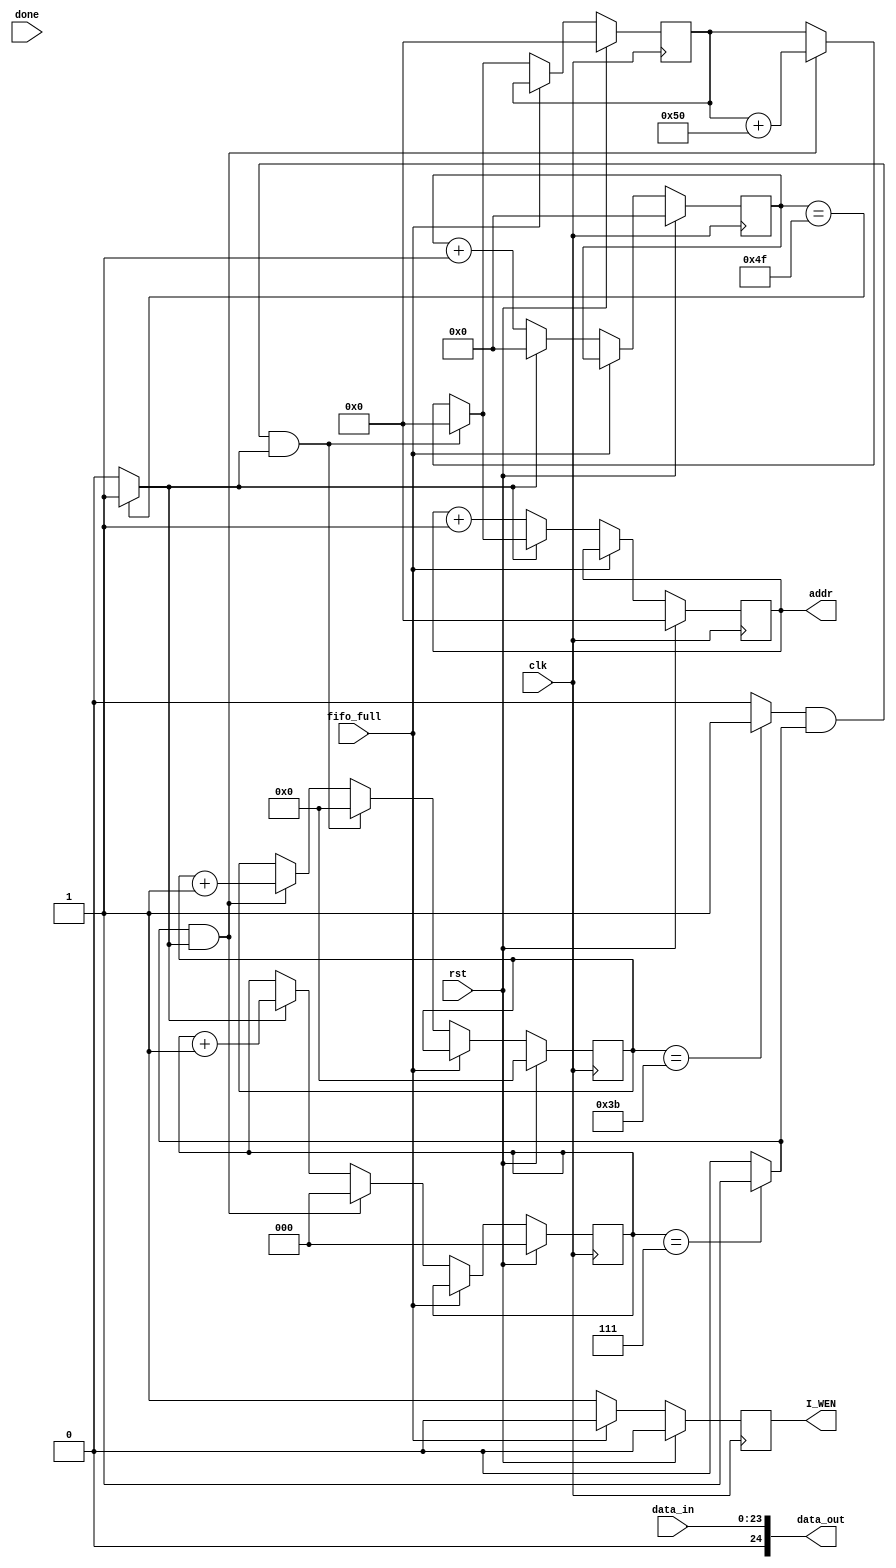
`timescale 1ns / 1ps
//////////////////////////////////////////////////////////////////////////////////
// Company: 
// Engineer: 
// 
// Create Date:    
// Design Name: 
// Module Name:    driver 
// Project Name: 
// Target Devices: 
// Tool versions: 
// Description: 
//
// Dependencies: 
//
// Revision: 
// Revision 0.01 - File Created
// Additional Comments: 
//
//////////////////////////////////////////////////////////////////////////////////
module display(
    input clk,
    input rst,
	input fifo_full,
    input [23:0] data_in,
	 input done,
    output reg [12:0] addr,
    output reg I_WEN,
    output [24:0] data_out
    );

	
	
	reg [2:0] h_count_8;
	assign h_flag_8 = (h_count_8 == 7) ? 1'b1 : 1'b0;
	
	reg [6:0] hp_count_80;
	assign hp_flag_80 = (hp_count_80 == 79) ? 1'b1 : 1'b0;

	reg [2:0] v_count_8;
	assign v_flag_8 = (v_count_8 == 7) ? 1'b1 : 1'b0;

	reg [5:0] vp_count_60;
	assign vp_flag_60 = (vp_count_60 == 59) ? 1'b1 : 1'b0;	
	
	reg [12:0] baseaddr;
	
	//reg I_WEN;
	
	assign data_out = data_in;
	
	always @ (posedge clk)
	begin
	
	if(rst)
		begin
		h_count_8 <= 3'd0;
		hp_count_80 <= 7'd0;
		v_count_8 <= 3'd0;
		vp_count_60 <= 6'd0;
		baseaddr <= 13'd0;
		addr <= 13'd0;
		end
	else if((!fifo_full)) // check if active high or low // fifo is not full then do read and write
		begin
		
		if(hp_flag_80) 
			begin
			hp_count_80 <= 0;
			h_count_8 <= h_count_8 + 1;			
			addr <= baseaddr;
			end
		if(h_flag_8 & hp_flag_80)
			begin
            h_count_8 <= 0;
            vp_count_60 <= vp_count_60 + 1;
            baseaddr <= baseaddr + 80;
            addr <=	baseaddr+80;		
			end
			
		if(vp_flag_60 & h_flag_8 & hp_flag_80)
			begin
			vp_count_60 <= 0;
		    v_count_8 <= v_count_8 + 1;
			baseaddr <= 0;
			addr <= 0;
			end
			
		if(v_flag_8 & vp_flag_60 & h_flag_8 & hp_flag_80)
			begin
			v_count_8 <= 0;
			end
		
		
		if(!hp_flag_80) 
		begin
		addr <= addr + 1;
		hp_count_80 <= hp_count_80 + 1;
		end
		
		end
	
	end
	

always @(posedge clk)
	begin
	if(rst)
	I_WEN <=0;
	else if(fifo_full)
    I_WEN <= 0;
	else 
	I_WEN <= 1;
	end
	

//always @(posedge clk)
//	begin
//	if(rst)
//	WEN <= 0;
//	else
//	WEN <= I_WEN;
//	end
	
endmodule